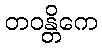
တဝန္တိကေ